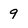
Character: 9